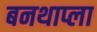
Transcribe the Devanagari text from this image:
बनथाप्ला